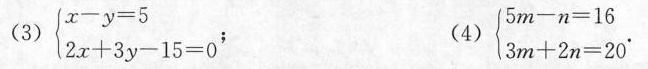
(3)$$ \left\{ \begin{matrix} x - y = 5 \\ 2 x + 3 y - 1 5 = 0 \\ \end{matrix} \right.$$；(4) $$ \left\{ \begin{matrix} 5 m - n = 1 6 \\ 3 m + 2 n = 2 0 \\ \end{matrix} \right.$$.